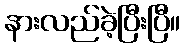
နားလည်ခဲ့ပြီးပြီ။